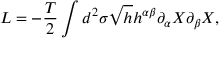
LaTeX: { \cal L } = - \frac { T } { 2 } \int d ^ { 2 } \sigma \sqrt { h } h ^ { \alpha \beta } \partial _ { \alpha } X \partial _ { \beta } X ,